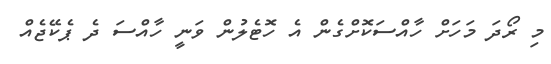
މި ރޯދަ މަހަށް ހާއްސަކޮށްގެން އެ ހޮޓެލުން ވަނީ ހާއްސަ ދެ ޕެކޭޖެއް